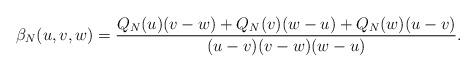
LaTeX: \begin{align*}\beta_N(u,v,w)={Q_N(u)(v-w)+Q_N(v)(w-u)+Q_N(w)(u-v)\over (u-v)(v-w)(w-u)}.\end{align*}